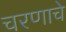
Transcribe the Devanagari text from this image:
चरणाचे